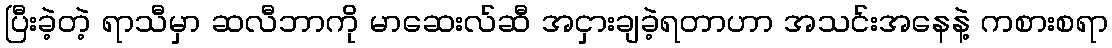
ပြီးခဲ့တဲ့ ရာသီမှာ ဆလီဘာကို မာဆေးလ်ဆီ အငှားချခဲ့ရတာဟာ အသင်းအနေနဲ့ ကစားစရာ